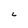
Character: 6